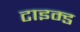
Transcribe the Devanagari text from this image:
टाइम्ड